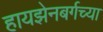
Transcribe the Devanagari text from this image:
हायझेनबर्गच्या